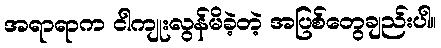
အရာရာက ငါကျုးလွန်မိခဲ့တဲ့ အပြစ်တွေချည်းပါ။